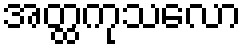
အတ္ထကုသလော